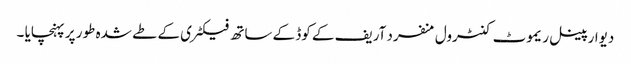
دیوار پینل ریموٹ کنٹرول منفرد آریف کے کوڈ کے ساتھ فیکٹری کے طے شدہ طور پر پہنچایا ۔